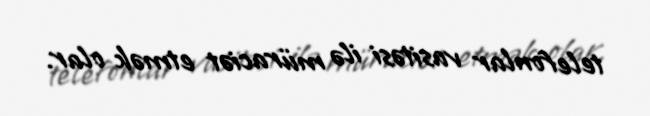
telefonlar vasitəsi ilə müraciət etmək olar.